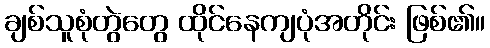
ချစ်သူစုံတွဲတွေ ထိုင်နေကျပုံအတိုင်း ဖြစ်၏။